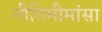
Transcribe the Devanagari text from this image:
नीतिमीमांसा